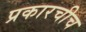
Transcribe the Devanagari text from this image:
प्रकारचीच